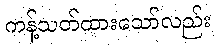
ကန့်သတ်ထားသော်လည်း